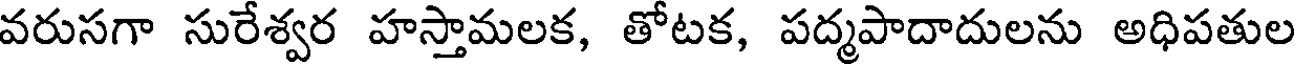
వరుసగా సురేశ్వర హస్తామలక, తోటక, పద్మపాదాదులను అధిపతుల